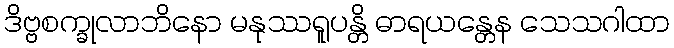
ဒိဗ္ဗစက္ခုလာဘိနော မနုဿရူပန္တိ ဓာရယန္တေန သေသဂါထာ